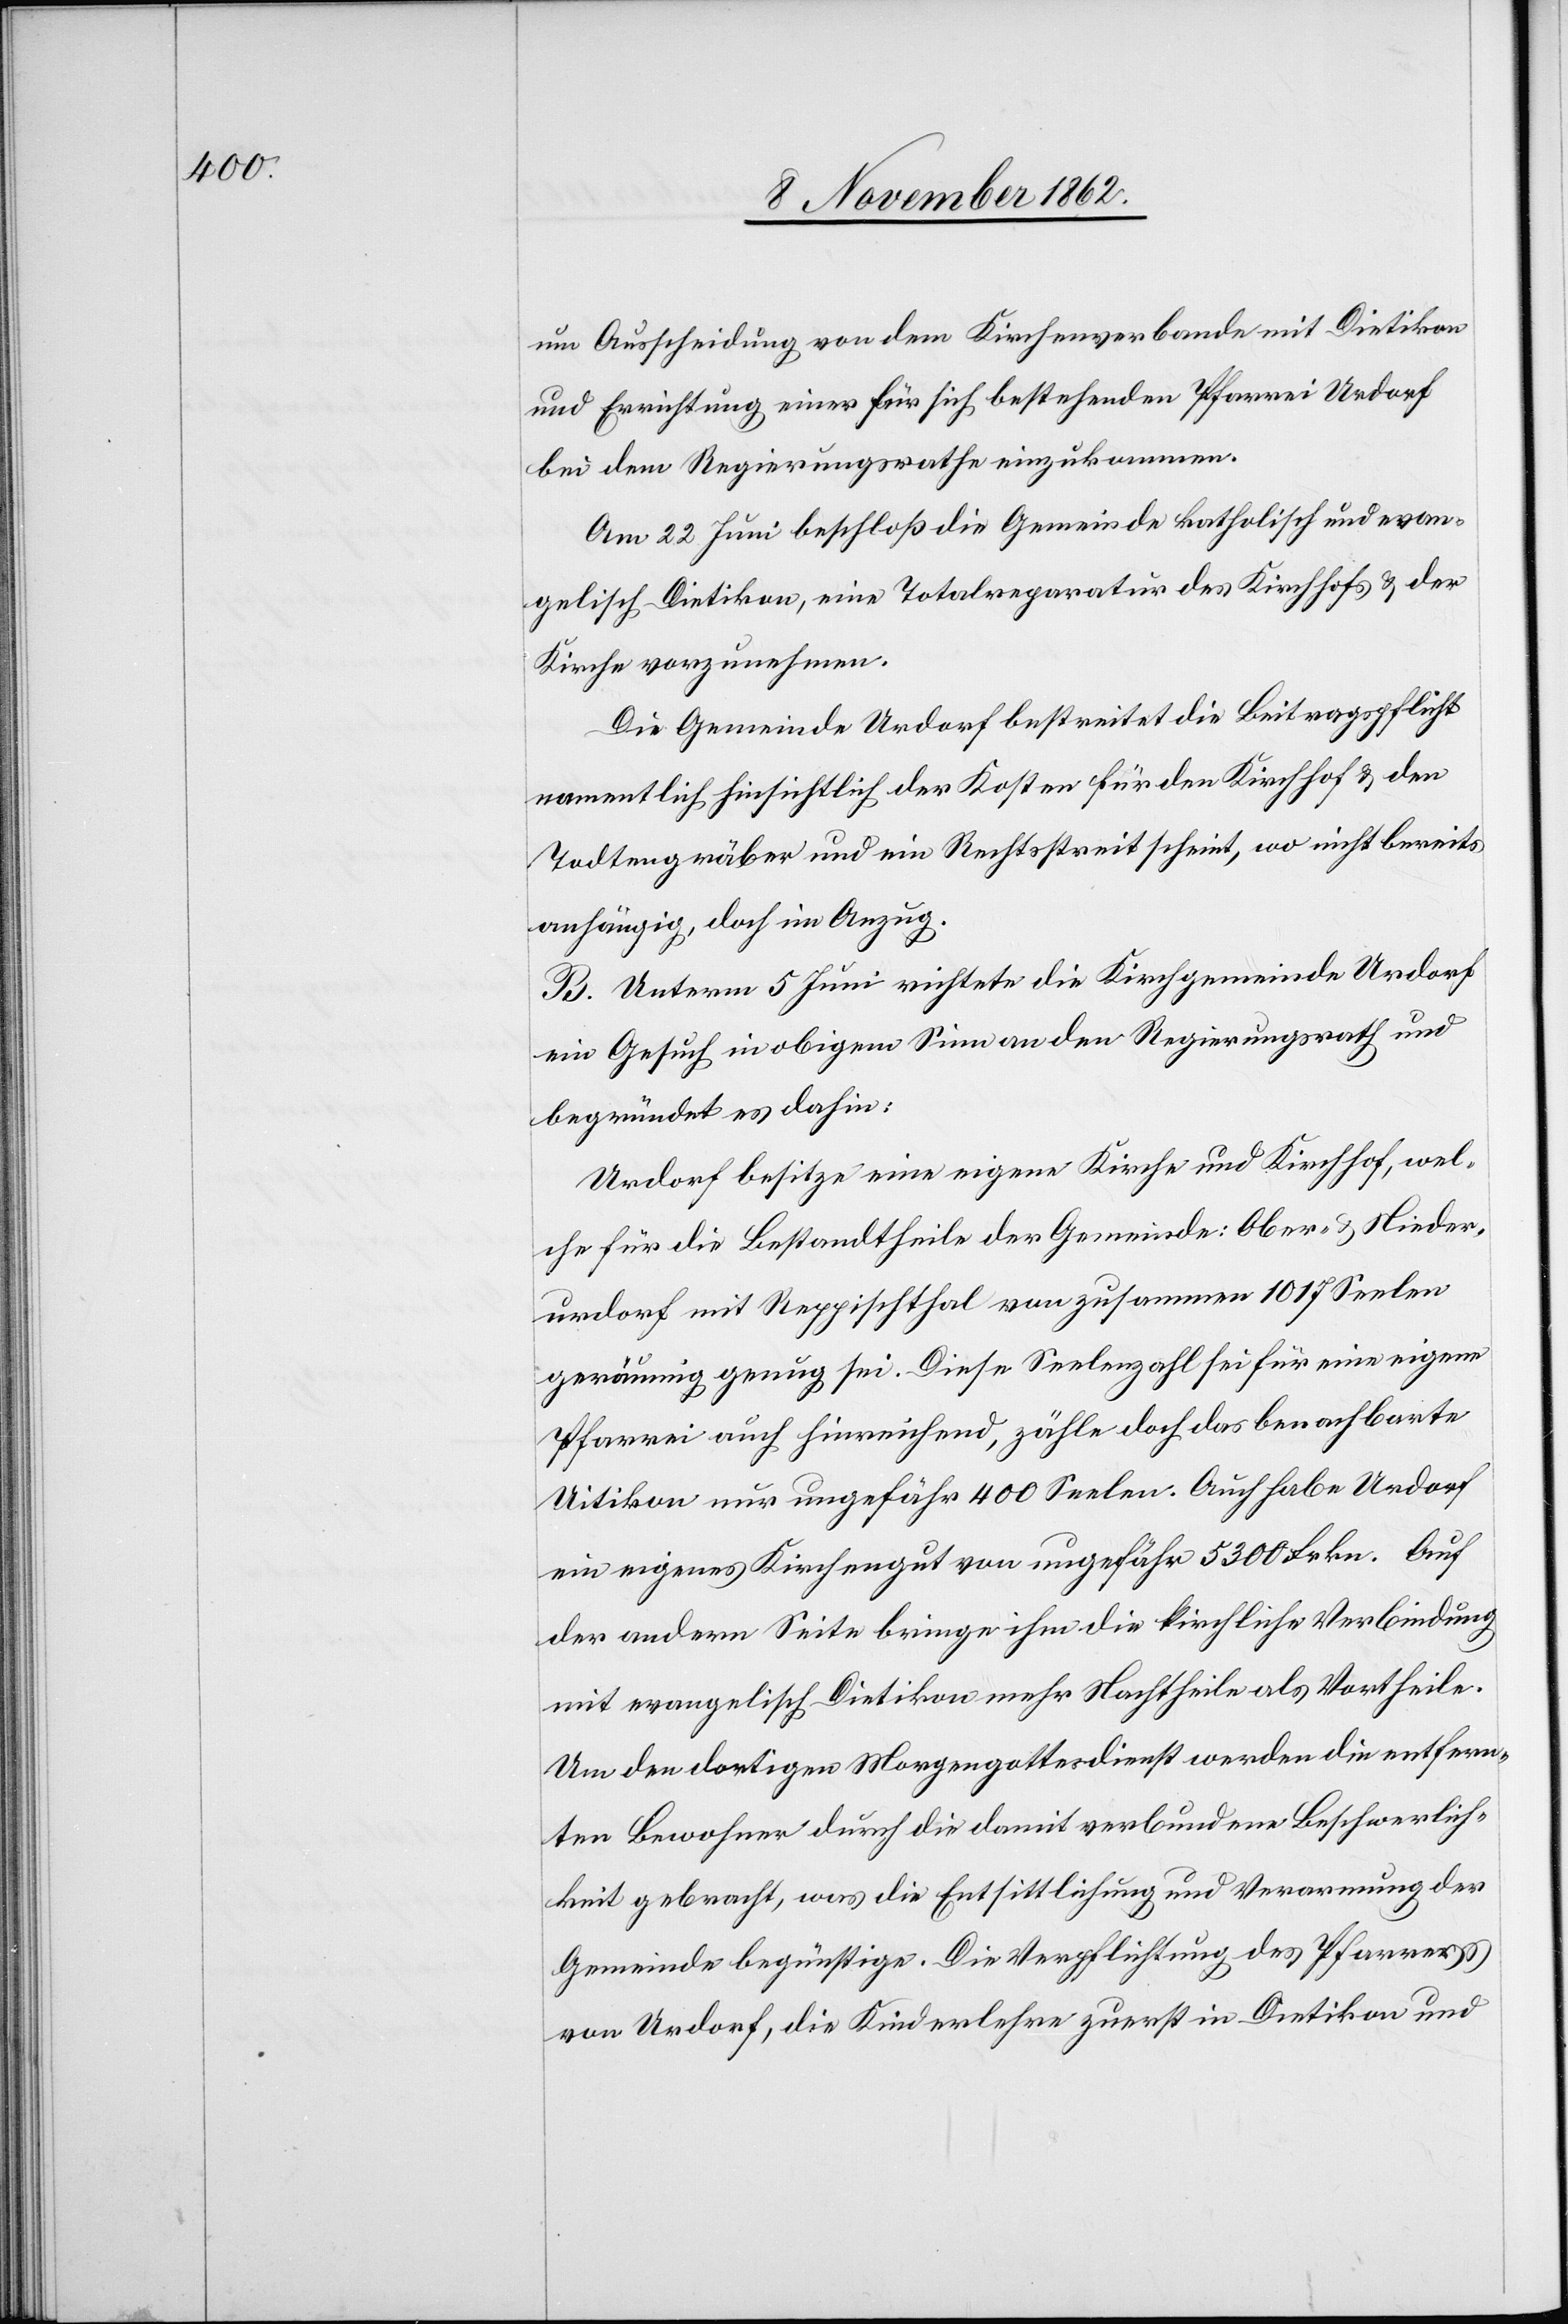
um Ausscheidung von dem Kirchenverbande mit Dietikon
und Errichtung einer für sich bestehenden Pfarrei Urdorf
bei dem Regierungsrath e einzukommen.
Am 22. Juni beschloß die Gemeinde katholisch und evan¬
gelisch Dietikon, eine Totalreparatur des Kirchhofs u. der
Kirche vorzunehmen.
Die Gemeinde Urdorf bestreitet die Beitragspflicht
namentlich hinsichtlich der Kosten für den Kirchhofe u. den
Todtengräber und ein Rechtsstreit scheint, wo nicht bereits
anhängig, doch im Anzug.
B. Unterm 5. Juni richtete die Kirchgemeinde Urdorf
ein Gesuch in obigem Sinn an den Regierungsrath und
begründet es dahin:
Urdorf besitze eine eigene Kirche und Kirchhof, wel¬
che für die Bestandtheile der Gemeinde: Ober- u. Nieder¬
urdorf mit Reppischthal von zusammen 1017 Seelen
geräumig genug sei. Diese Seelenzahl sei für eine eigene
Pfarrei auch hinereichend, zähle doch das benachbarte
Uitikon nur ungefähr 400 Seelen. Auch habe Urdorf
ein eigenes Kirchengut von ungefähr 5300 Frkn. Auf
der andern Seite bringe ihm die kirchliche Verbindung
mit evangelisch Dietikon mehr Nachtheile als Vortheile.
Um den dortigen Morgengottesdienst werden die entfer¬
en Bewohner durch die damit verbundene Beschwerlich¬
keit gebracht, was die Entsittlichung und Verarmung der
Gemeinde begünstige. Die Verpflichtung des Pfarrers
von Urdorf, die Kinderlehre zuerst in Dietikon und